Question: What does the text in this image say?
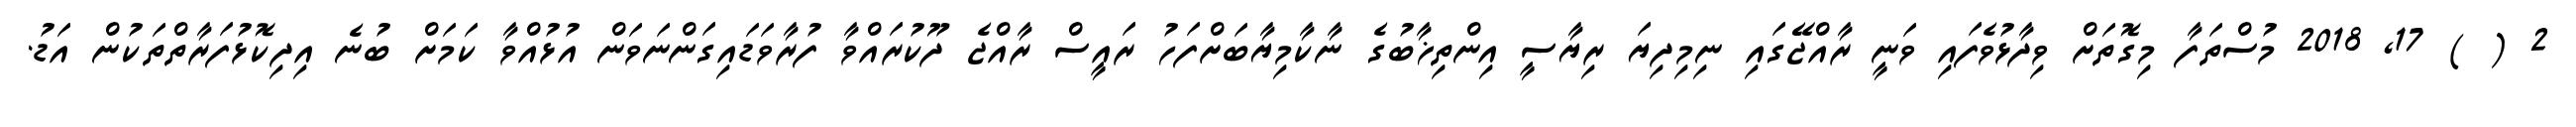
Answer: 2 ( ) 17, 2018 މުސްތަފާ މިގޮތަށް ވިދާޅުވެފައި ވަނީ ރާއްޖޭގައި ނިމިދިޔަ ރިޔާސީ އިންތިޚާބުގެ ނާކާމިޔާބަށްފަހު ރައީސް ރާއްޖެ ދޫކުރައްވާ ފުރާވަޑައިގަންނަވަން އުޅުއްވާ ކަމަށް ބުނެ އިދިކޮޅުފަރާތްތަކުން އަޑު.